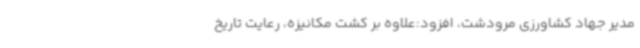
مدیر جهاد کشاورزی مرودشت، افزود:علاوه بر کشت مکانیزه، رعایت تاریخ